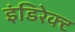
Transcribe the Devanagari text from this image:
इंडिरेक्ट